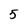
Character: 5